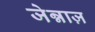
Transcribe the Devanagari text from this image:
जेन्नाज़